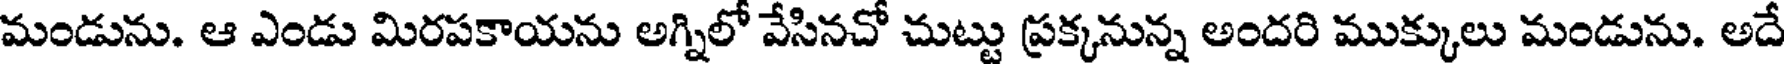
మండును. ఆ ఎండు మిరపకాయను అగ్నిలో వేసినచో చుట్టు ప్రక్కనున్న అందరి ముక్కులు మండును. అదే